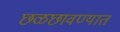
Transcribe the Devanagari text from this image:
छळछावण्यात